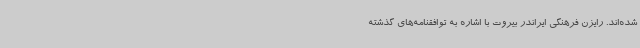
شده‌اند. رایزن فرهنگی ایراندر بیروت با اشاره به توافقنامه‌های گذشته